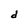
Character: d